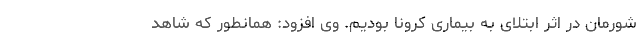
شورمان در اثر ابتلای به بیماری کرونا بودیم. وی افزود: همانطور که شاهد